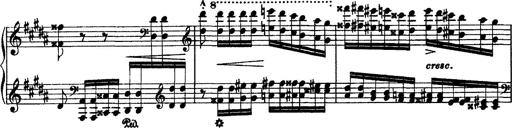
Title: Grandes Ã©tudes de Paganini
Composer: Franz Liszt